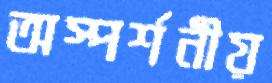
অস্পর্শনীয়